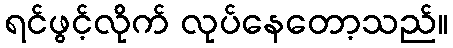
ရင်ဖွင့်လိုက် လုပ်နေတော့သည်။